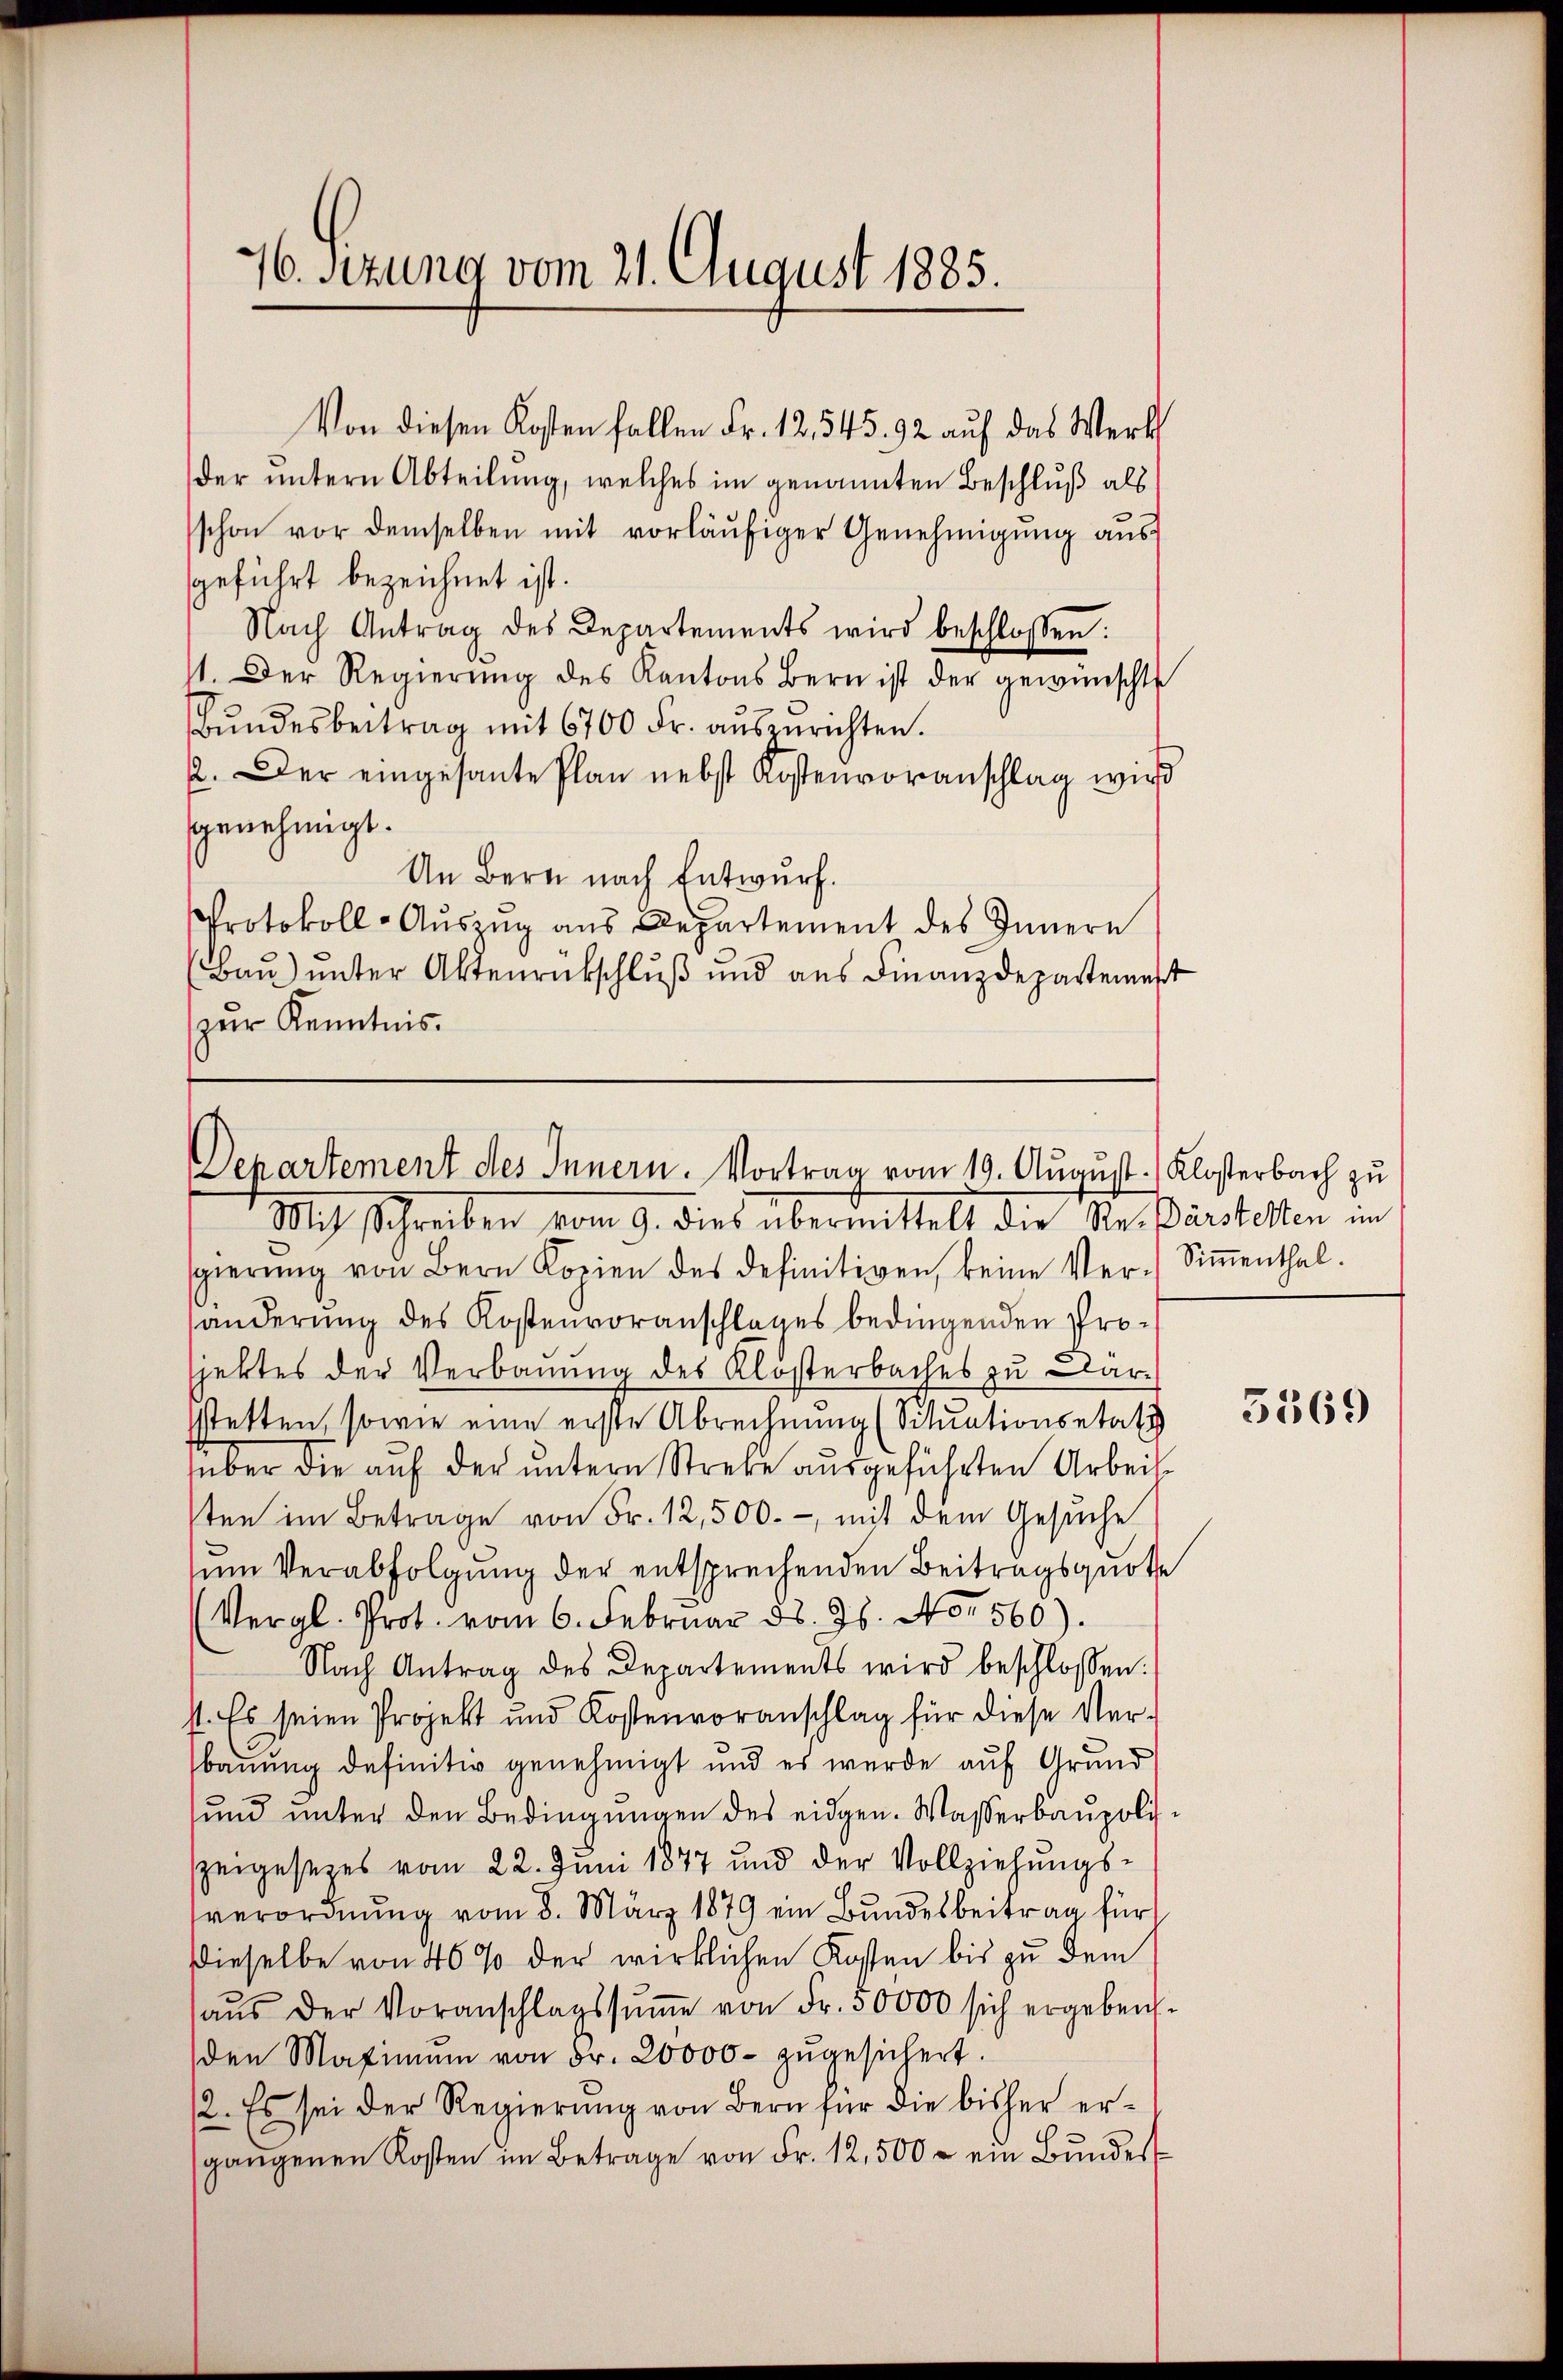
96. Sitzung vom 21. August 1885.

der untern Abteilung, welches im genannten Beschluß als
schon vor demselben mit vorläŭfiger Genehmigŭng aŭs
geführt bezeichnet ist.
Nach Antrag des Departements wird beschlossen:
11. Der Regierŭng des Kantons Bern ist der gewünschte
Bŭndesbeitrag mit 6700 Fr. auszurichten.
2. Der eingesante Plan nebst Kostenvoranschlag wird
genehmigt.
An Bern nach Entwurf.
Protokoll-Auszug aus Departement des Innern
Bau) unter Aktenrückschluß und aus Finanzdepartemest
zur Kenntnis.

Von diesen Kosten fallen Fr. 12,545. 92 auf das Werk

Departement des Innern. Vortrag vom 19. August.) Klosterbach zu
Mit Schreiben vom 9. dies übermittelt die Re-Bärstelten im

sgierŭng von Bern Kopien des definitiven, keine Ver-Siṁenthal.
händerung des Kostenvoranschlages bedingenden Projektes der Verbauung des Klosterbaches zu Darstetten, sowie eine erste Abrechnung (Situationsetati
über die auf der untern Strebe ausgeführten Arbeit
sten im Betrage von Fr. 12,500.-, mit dem Gesuche
um Verabfolgung der entsprechenden Beitragsquote
(Vergl. Prot. vom 6. Februar d. 26. No. 560).
Nach Antrag des Departements wird beschlossen:
st. Es seien Projekt und Kostenvoranschlag für diese Verbauung definitiv genehmigt und es wurde auf Grund
und unter den Bedingungen des eidgen. Wasserbaupoli
seigesezes vom 22. Juni 1877 und der Vollziehŭngs-
verordnung vom 8. März 1879 ein Bundesbeitrag für
Dieselbe von 46 % der wirklichen Kosten bis zu dem
aŭs der Voranschlagssŭṁe von Fr. 50000 sich ergeben.
den Maximŭm von Fr. 20000- zŭgesichert.
2. Es sei der Regierung von Bern für die bisher ergangenen Kosten im Betrage von Fr. 12,500 - ein Bŭndes

5369